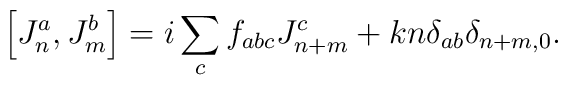
\left[ J^a_n, J^b_m \right] = i \sum\limits_c f_{abc} J^c_{n+m} + 	k n \delta_{a b} \delta_{n+m,0}.